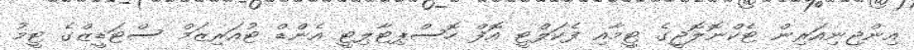
އިންޖިނިއަރިން ޓެކްނޮލޮޖީގެ ޓީމާއި ފެކަލްޓީ އޮފް ހޮސްޕިޓާލިޓީ އެންޑް ޓުއަރިޒަމް ސްޓަޑީޒްގެ ޓީމު